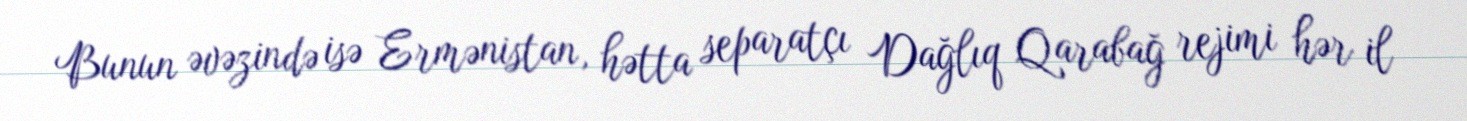
Bunun əvəzində isə Ermənistan, hətta separatçı Dağlıq Qarabağ rejimi hər il